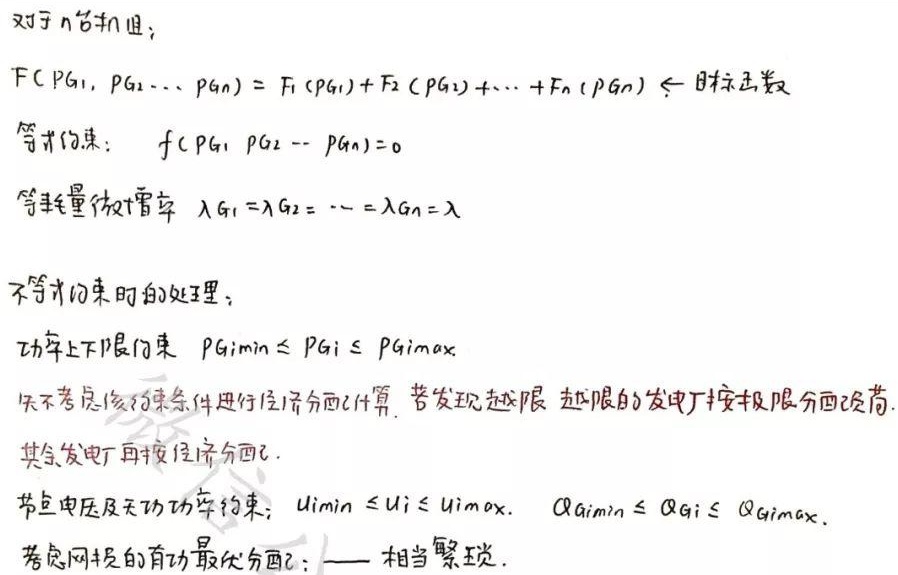
对于 $n$ 台机组：
$F(P_{G1}, P_{G2}\cdots P_{Gn}) = F_1(P_{G1}) + F_2(P_{G2}) + \cdots + F_n(P_{Gn}) \leftarrow 目标函数$
等式约束：$f(P_{G1}, P_{G2} \cdots P_{Gn}) = 0$
等耗量微增率 $\lambda_{G1} = \lambda_{G2} = \cdots = \lambda_{Gn} = \lambda$
不等式约束的处理：
功率上下限约束 $P_{Gimin} \leq P_{Gi} \leq P_{Gimax}$
先不考虑该约束条件进行经济分配计算，若发现越限，越限的发电厂按极限分配负荷，其余发电厂再按经济分配。
节点电压及无功功率约束：$U_{imin} \leq U_{i} \leq U_{imax}, \ Q_{Gimin} \leq Q_{Gi} \leq Q_{Gimax}$
考虑网损的有功最优分配：——相当繁琐。